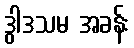
ဒွါဒသမ အခန်း